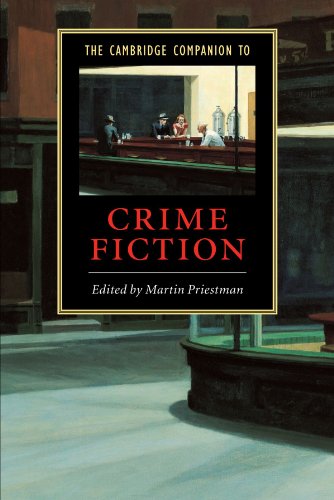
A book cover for The Cambridge Companion to Crime Fiction (Cambridge Companions to Literature); Mystery, Thriller & Suspense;